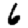
Digit: 6